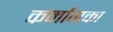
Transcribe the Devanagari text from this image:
कर्मागका